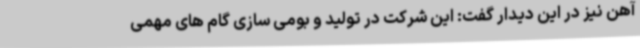
آهن نیز در این دیدار گفت: این شرکت در تولید و بومی سازی گام های مهمی